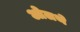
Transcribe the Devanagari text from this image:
ओलथे